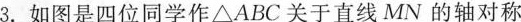
3.如图是四位同学作△ABC关于直线MN的轴对称